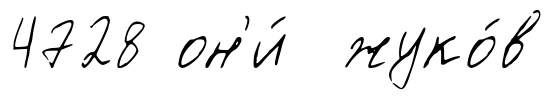
4728 он'и́ жуко́в